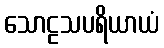
သောဠသပရိယာယံ